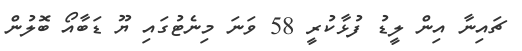
ޗައިނާ އިން ލީޑު ފުޅާކުރީ 58 ވަނަ މިނެޓުގައި ޔޫ ޑަބާއޯ ބޮލުން